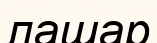
лашар